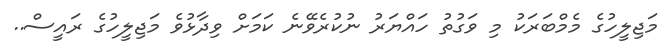
މަޖިލީހުގެ މެމްބަރަކު މި ވަގުތު ހައްޔަރު ނުކުރެވޭނެ ކަމަށް ވިދާޅުވެ މަޖިލީހުގެ ރައީސް..